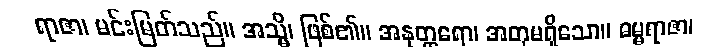
ရာဇာ၊ မင်းမြတ်သည်။ အသ္မိ၊ ဖြစ်၏။ အနုတ္တရော၊ အတုမရှိသော။ ဓမ္မရာဇာ၊